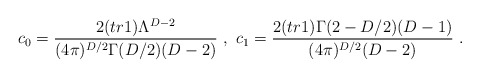
\begin{align*}c_0=\frac{2(tr1)\Lambda^{D-2}}{(4\pi)^{D/2}\Gamma(D/2)(D-2)}\ ,\ c_1=\frac{2(tr1)\Gamma (2-D/2)(D-1)}{(4\pi)^{D/2}(D-2)}\ .\end{align*}